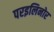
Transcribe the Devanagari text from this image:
परइलिनोर